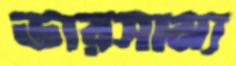
ভারসাম্য